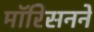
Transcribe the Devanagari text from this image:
मॉरिसनने